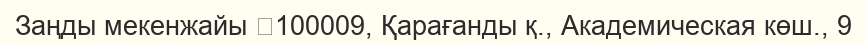
Заңды мекенжайы 	100009, Қарағанды қ., Академическая көш., 9